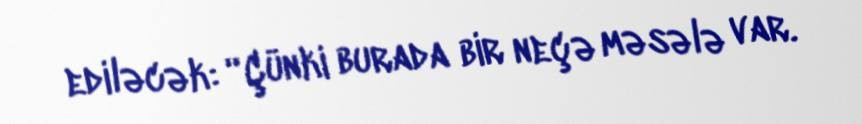
ediləcək: “Çünki burada bir neçə məsələ var.